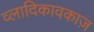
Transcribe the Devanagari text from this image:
व्लादिकावकाज़